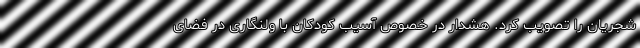
شجریان را تصویب کرد. هشدار در خصوص آسیب کودکان با ولنگاری در فضای